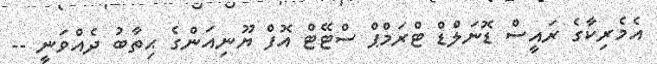
އެމެރިކާގެ ރައީސް ޑޮނަލްޑް ޓްރަމްޕް ސްޓޭޓް އޮފް ޔޫނިއަންގެ ޙިތާބު ދެއްވަނީ --